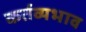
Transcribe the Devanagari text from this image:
कर्तव्यभाव